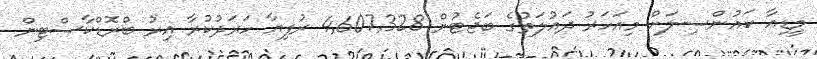
މީޑިއާ ކައުންސިލަށް މިއަހަރު ދައުލަތުގެ ބަޖެޓުން 4